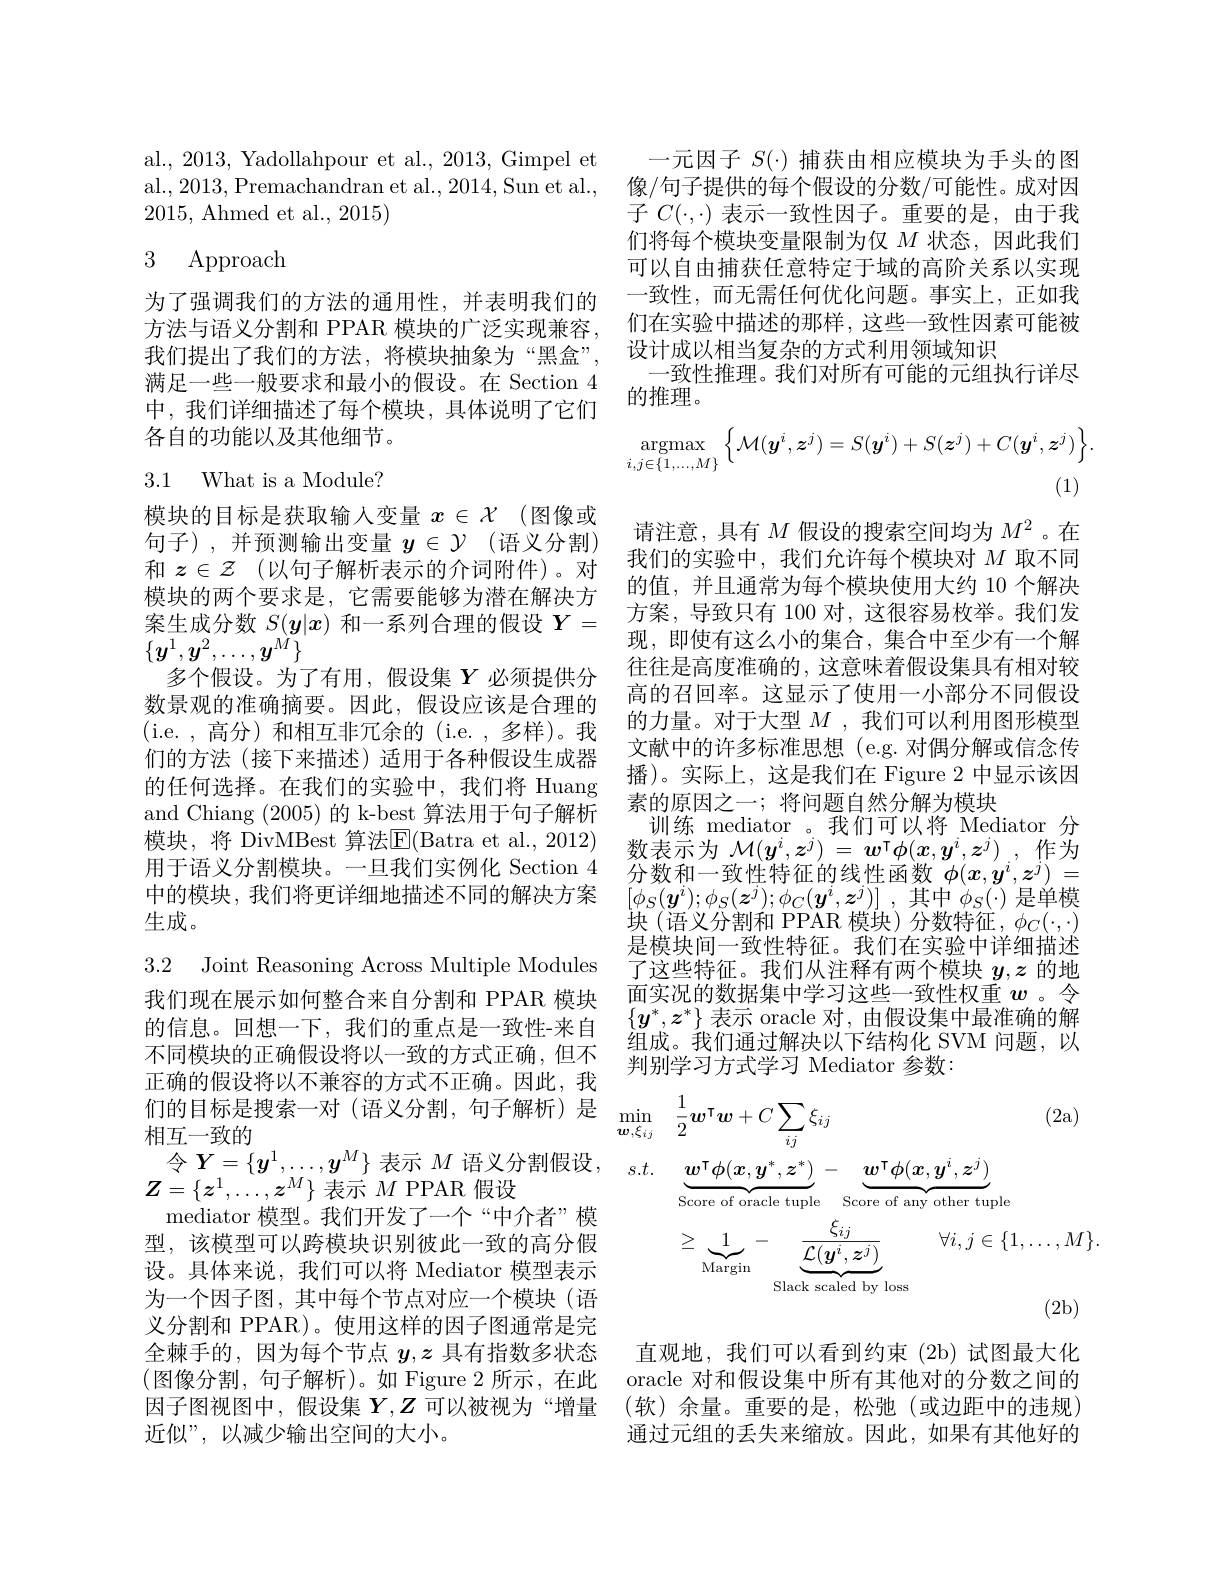
al., 2013, Yadollahpour et al., 2013, Gimpel et 一元因子$S(\cdot)$捕获由相应模块为手头的图al., 2013, Premachandran et al., 2014, Sun et al., 像/句子提供的每个假设的分数/可能性。成对因2015, Ahmed et al., 2015)

# 3 Approach

为了强调我们的方法的通用性，并表明我们的方法与语义分割和 PPAR 模块的广泛实现兼容， 我们提出了我们的方法，将模块抽象为“黑盒”, 满足一些一般要求和最小的假设。在 Section 4中，我们详细描述了每个模块，具体说明了它们各自的功能以及其他细节。

## 3.1 What is a Module?

模块的目标是获取输入变量$x\in\mathcal{X}$ (图像或句子),并预测输出变量$y\in\mathcal{Y}$ (语义分割) 和$z\in\mathcal{Z}$ (以句子解析表示的介词附件)。对模块的两个要求是，它需要能够为潜在解决方案生成分数$S(\boldsymbol{y}|x)$和一系列合理的假设$Y=$ $\{y^1,\boldsymbol{y}^2,\ldots,\boldsymbol{y}^M\}$
多个假设。为了有用，假设集$Y$必须提供分数景观的准确摘要。因此，假设应该是合理的( i. e. , 高 分 ) 和相互非冗余的 (i.e.~,~多样)。我们的方法(接下来描述)适用于各种假设生成器的任何选择。在我们的实验中，我们将 Huang and Chiang (2005)的 k-best 算法用于句子解析模块，将 DivMBest 算法E|(Batra et al., 2012) 用于语义分割模块。一旦我们实例化 Section 4中的模块，我们将更详细地描述不同的解决方案生成。

3.2 Joint Reasoning Across Multiple Modules 我们现在展示如何整合来自分割和 PPAR 模块的信息。回想一下，我们的重点是一致性-来自不同模块的正确假设将以一致的方式正确，但不正确的假设将以不兼容的方式不正确。因此，我们的目标是搜索一对(语义分割，句子解析)是相互一致的
令$Y=\{\boldsymbol{y}^1,\ldots,\boldsymbol{y}^M\}$ 表示 $M$ 语义分割假设，
$Z=\{z^1,\ldots,z^M\}$表示$M$ PPAR 假设
mediator 模型。我们开发了一个“中介者”模型，该模型可以跨模块识别彼此一致的高分假设。具体来说，我们可以将 Mediator 模型表示为一个因子图，其中每个节点对应一个模块(语义分割和 PPAR)。使用这样的因子图通常是完全棘手的，因为每个节点$y,z$具有指数多状态 直观地，我们可以看到约束 (2b)试图最大化(图像分割，句子解析)。如 Figure 2 所示，在此 oracle 对和假设集中所有其他对的分数之间的因子图视图中，假设集$Y,Z$可以被视为“增量 (软)余量。重要的是，松弛(或边距中的违规) 近似”,以减少输出空间的大小。

子$C(\cdot,\cdot)$表示一致性因子。重要的是，由于我们将每个模块变量限制为仅$M$状态，因此我们可以自由捕获任意特定于域的高阶关系以实现一致性，而无需任何优化问题。事实上，正如我们在实验中描述的那样，这些一致性因素可能被设计成以相当复杂的方式利用领域知识
一致性推理。我们对所有可能的元组执行详尽
的推理。
$$\operatorname{argmax}_{i,j\in\{1,...,M\}}\Big\{\mathcal{M}(\boldsymbol{y}^{i},\boldsymbol{z}^{j})=S(\boldsymbol{y}^{i})+S(\boldsymbol{z}^{j})+C(\boldsymbol{y}^{i},\boldsymbol{z}^{j})\Big\}.$$
(1)

请注意，具有$M$假设的搜索空间均为$M^2$ 。在我们的实验中，我们允许每个模块对$M$取不同的值，并且通常为每个模块使用大约 10 个解决方案，导致只有 100 对，这很容易枚举。我们发现，即使有这么小的集合，集合中至少有一个解往往是高度准确的，这意味着假设集具有相对较高的召回率。这显示了使用一小部分不同假设的力量。对于大型$M$ ,我们可以利用图形模型文献中的许多标准思想(e.g.对偶分解或信念传播)。实际上，这是我们在 Figure 2 中显示该因素的原因之一；将问题自然分解为模块
训练 mediator 。我们可以将 Mediator 分数表示为$\mathcal{M}(\boldsymbol{y}^i,\boldsymbol{z}^j)=\boldsymbol{w}^\intercal\boldsymbol{\phi}(\boldsymbol{x},\boldsymbol{y}^i,\boldsymbol{z}^j)$ ,作为分数和一致性特征的线性函数$\phi(x,y^i,z^j)=$ $[ \phi _{S}( \boldsymbol{y}^{i}) ; \phi _{S}( \boldsymbol{z}^{j}) ; \phi _{C}( \boldsymbol{y}^{i}, \boldsymbol{z}^{j}) ]$ ,其中$\phi_{S}(\cdot)$ 是单模块 ( 语 义 分 割 和 PPAR 模 块 ) 分 数 特 征 , $\phi _C( \cdot , \cdot )$ 是模块间一致性特征。我们在实验中详细描述了这些特征。我们从注释有两个模块$y,z$的地面实况的数据集中学习这些一致性权重$w$ 。令$\{y^*,z^*\}$表示 oracle 对，由假设集中最准确的解组成。我们通过解决以下结构化 SVM 问题，以判别学习方式学习 Mediator 参数：
$$\begin{aligned}\min_{\boldsymbol{w},\xi_{ij}}&\frac{1}{2}\boldsymbol{w}^{\mathsf{T}}\boldsymbol{w}+C\sum_{ij}\xi_{ij}&&\text{(2a)}\\s.t.&\underbrace{\boldsymbol{w}^{\mathsf{T}}\boldsymbol{\phi}(\boldsymbol{x},\boldsymbol{y}^{*},\boldsymbol{z}^{*})}_{\text{Score of oracle tuple}}-\underbrace{\boldsymbol{w}^{\mathsf{T}}\boldsymbol{\phi}(\boldsymbol{x},\boldsymbol{y}^{i},\boldsymbol{z}^{j})}_{\text{Score of any other tuple}}\\&\geq\underbrace{1}_{\text{Margin}}-\underbrace{\frac{\xi_{ij}}{\mathcal{L}(\boldsymbol{y}^{i},\boldsymbol{z}^{j})}}_{\text{Slack scaled by loss}}\quad\forall i,j\in\{1,\ldots,M\}.\\&&\text{(2b)}\end{aligned}$$
通过元组的丢失来缩放。因此，如果有其他好的